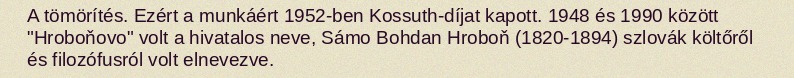
A tömörítés. Ezért a munkáért 1952-ben Kossuth-díjat kapott. 1948 és 1990 között "Hroboňovo" volt a hivatalos neve, Sámo Bohdan Hroboň (1820-1894) szlovák költőről és filozófusról volt elnevezve.